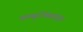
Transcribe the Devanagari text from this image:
फ्ल्युरॉक्साइड